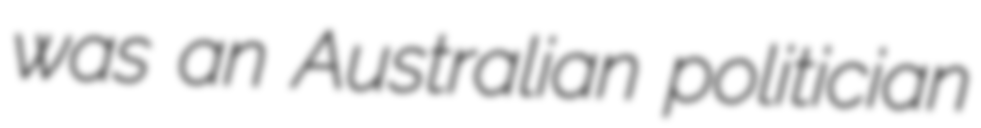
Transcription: was an Australian politician